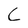
Character: C